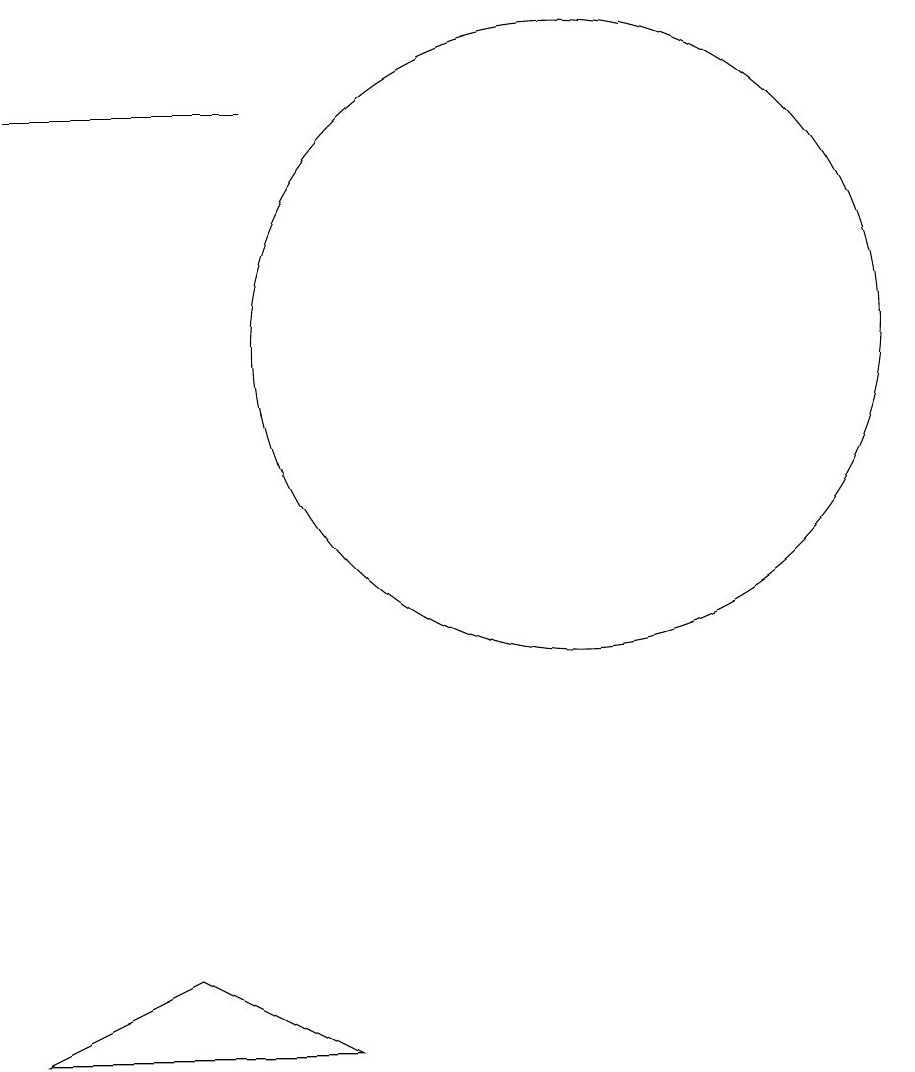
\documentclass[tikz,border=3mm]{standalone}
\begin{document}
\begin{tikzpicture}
\draw (10,11) circle (4);
\draw (5,3) -- (7,2) -- (3,2) -- cycle;
\draw (6,14) rectangle (3,14);
\draw (10,10) circle (0);
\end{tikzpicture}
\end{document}